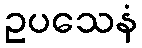
ဥပသေနံ